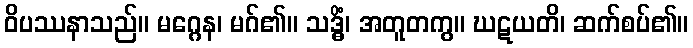
ဝိပဿနာသည်။ မဂ္ဂေန၊ မဂ်၏။ သဒ္ဓိံ၊ အတူတကွ။ ဃဋယတိ၊ ဆက်စပ်၏။